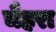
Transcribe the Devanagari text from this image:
चैहरा